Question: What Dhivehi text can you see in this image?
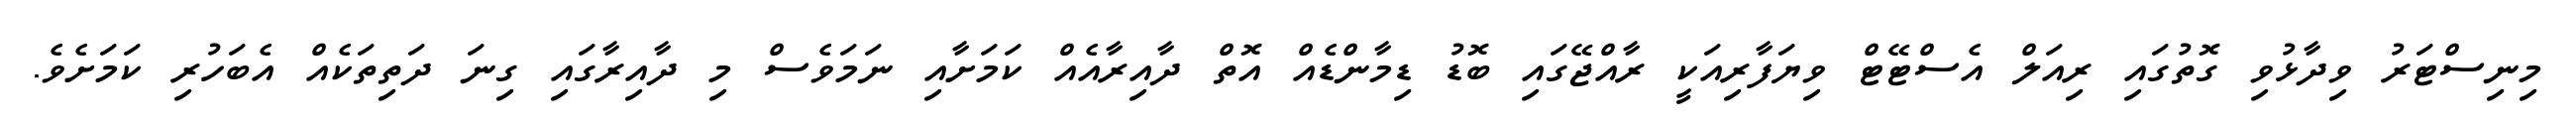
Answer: މިނިސްޓަރު ވިދާޅުވި ގޮތުގައި ރިއަލް އެސްޓޭޓް ވިޔަފާރިއަކީ ރާއްޖޭގައި ބޮޑު ޑިމާންޑެއް އޮތް ދާއިރާއެއް ކަމަށާއި ނަމަވެސް މި ދާއިރާގައި ގިނަ ދަތިތަކެއް އެބަހުރި ކަމަށެވެ.